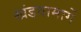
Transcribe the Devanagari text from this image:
खंडवामार्गे